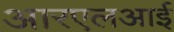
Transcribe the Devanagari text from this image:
आरएलआई